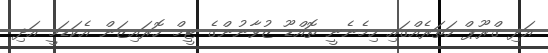
އަދި ގްރޫޕް ހަތަރެއްގައި ހިމެނެނީ ތޮއްޑޫ ޒުވާނުންގެ ޓީމް ހޮރައިޒަން އެކަޑަމީ އަދި